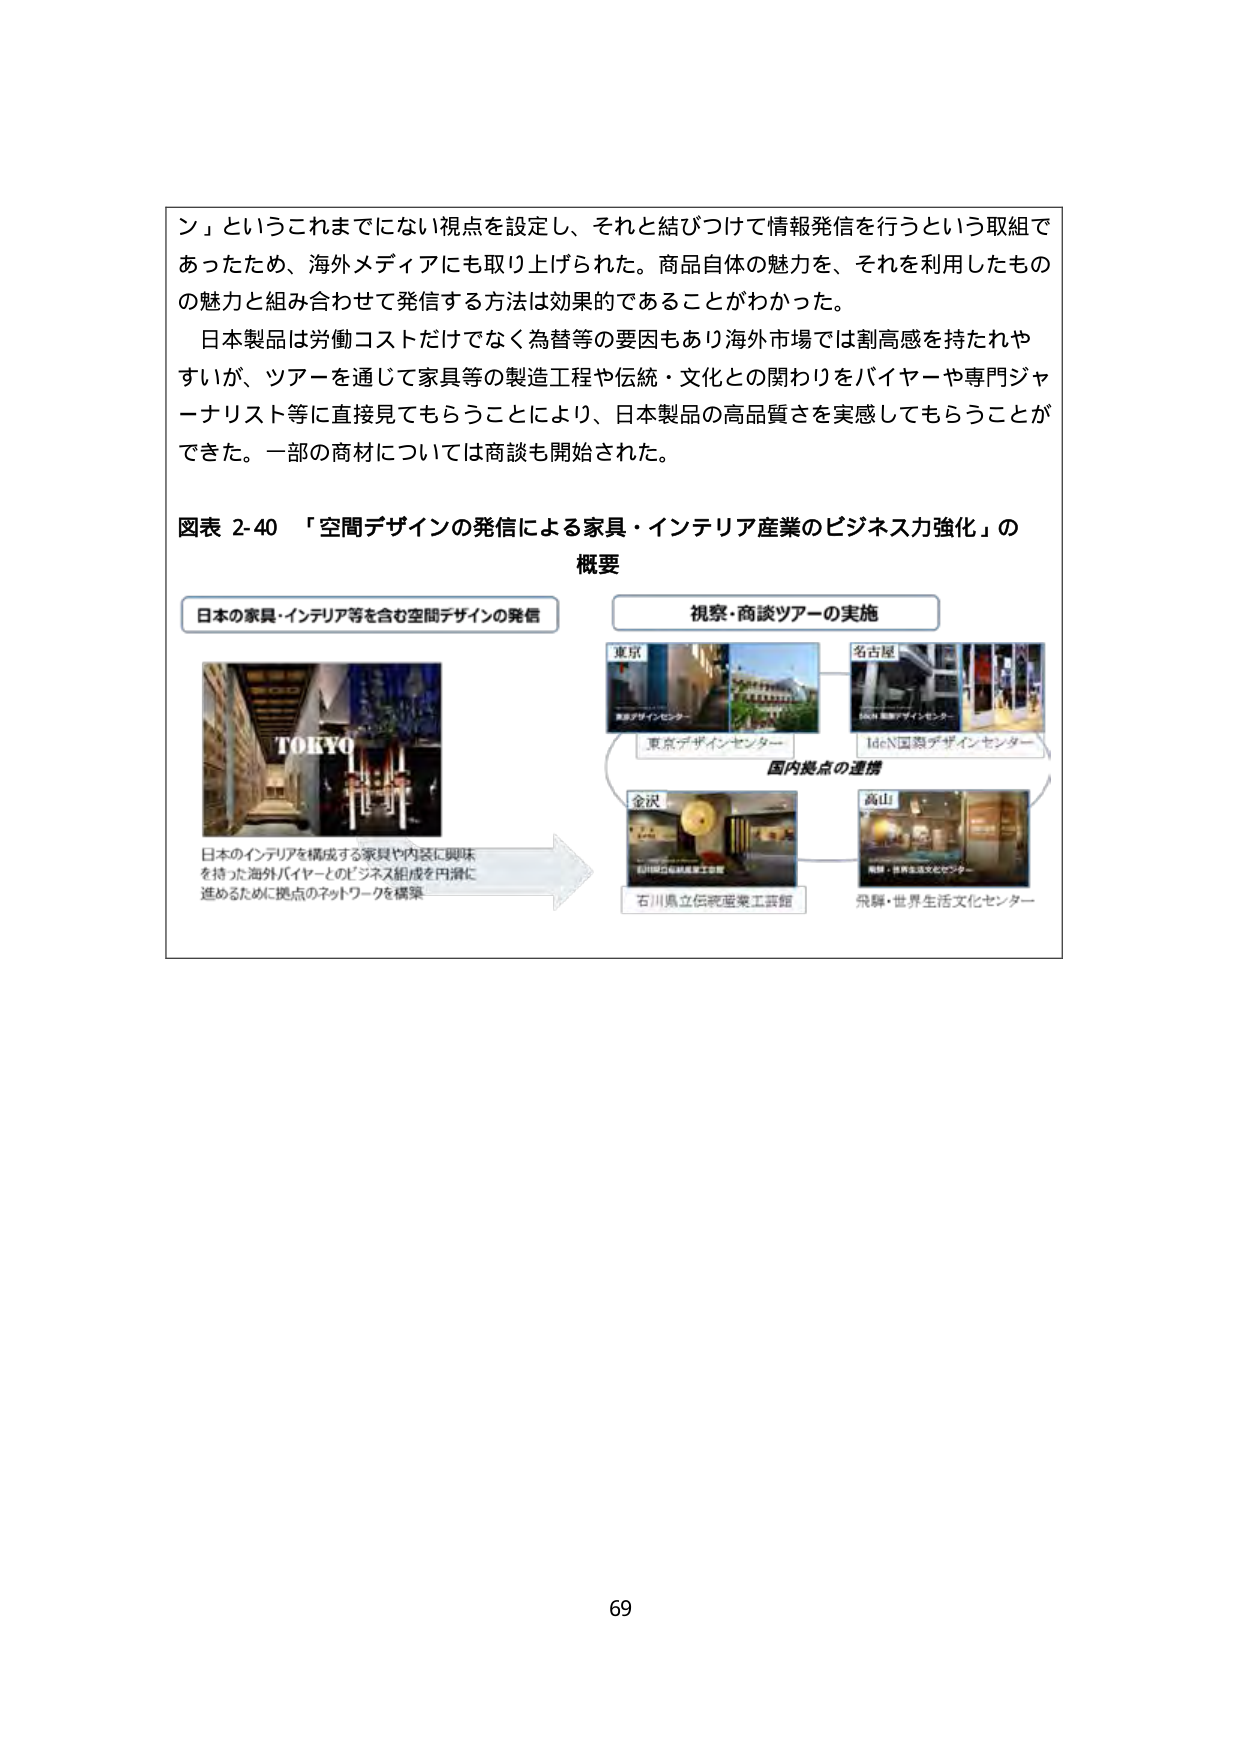
ン」というこれまでにない視点を設定し、それと結びつけて情報発信を行うという取組であったため、海外メディアにも取り上げられた。商品自体の魅力を、それを利用したもの の魅力と組み合わせて発信する方法は効果的であることがわかった。

日本製品は労働コストだけでなく為替等の要因もあり海外市場では割高感を持たれやすいが、ツアーを通じて家具等の製造工程や伝統・文化との関わりをバイヤーや専門ジャーナリスト等に直接見てもらうことにより、日本製品の高品質さを実感してもらうことができた。一部の商材については商談も開始された。

図表 2-40 「空間デザインの発信による家具・インテリア産業のビジネス力強化」の概要

日本の家具・インテリア等を含む空間デザインの発信

TOKYO

日本のインテリアを構成する家具や内装に興味を持った海外バイヤーとのビジネス組成を円滑に進めるために拠点のネットワークを構築

視察・商談ツアーの実施

東京
東京デザインセンター

名古屋
Iden国際デザインセンター

国内拠点の連携

金沢
石川県立伝統産業工芸館

高山
飛騨・世界生活文化センター

69